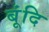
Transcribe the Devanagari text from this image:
बूंदि